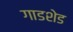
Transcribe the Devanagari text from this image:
गाडशेड